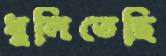
খুলিতেছি